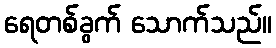
ရေတစ်ခွက် သောက်သည်။